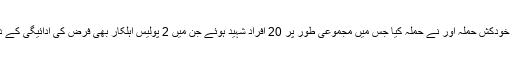
درگاہ فتح پور پر خودکش حملہ آور نے حملہ کیا جس میں مجموعی طور پر 20 افراد شہید ہوئے جن میں 2 پولیس اہلکار بھی فرض کی ادائیگی کے دوران شہید ہوئے۔